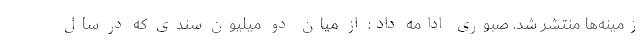
زمینه‌ها منتشر شد. صبوری ادامه داد: از میان دو میلیون سندی که در سال